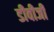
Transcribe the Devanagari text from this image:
डीवीजी